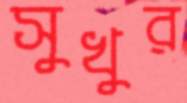
সুখুর